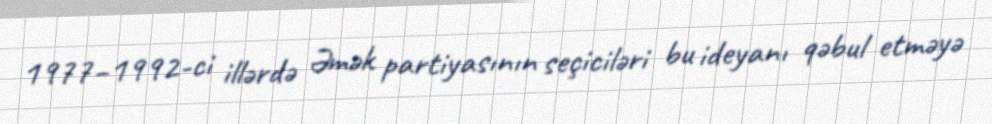
1977–1992-ci illərdə Əmək partiyasının seçiciləri bu ideyanı qəbul etməyə